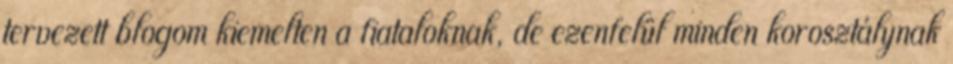
tervezett blogom kiemelten a fiataloknak, de ezenfelül minden korosztálynak